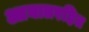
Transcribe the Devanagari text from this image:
आघातरहित